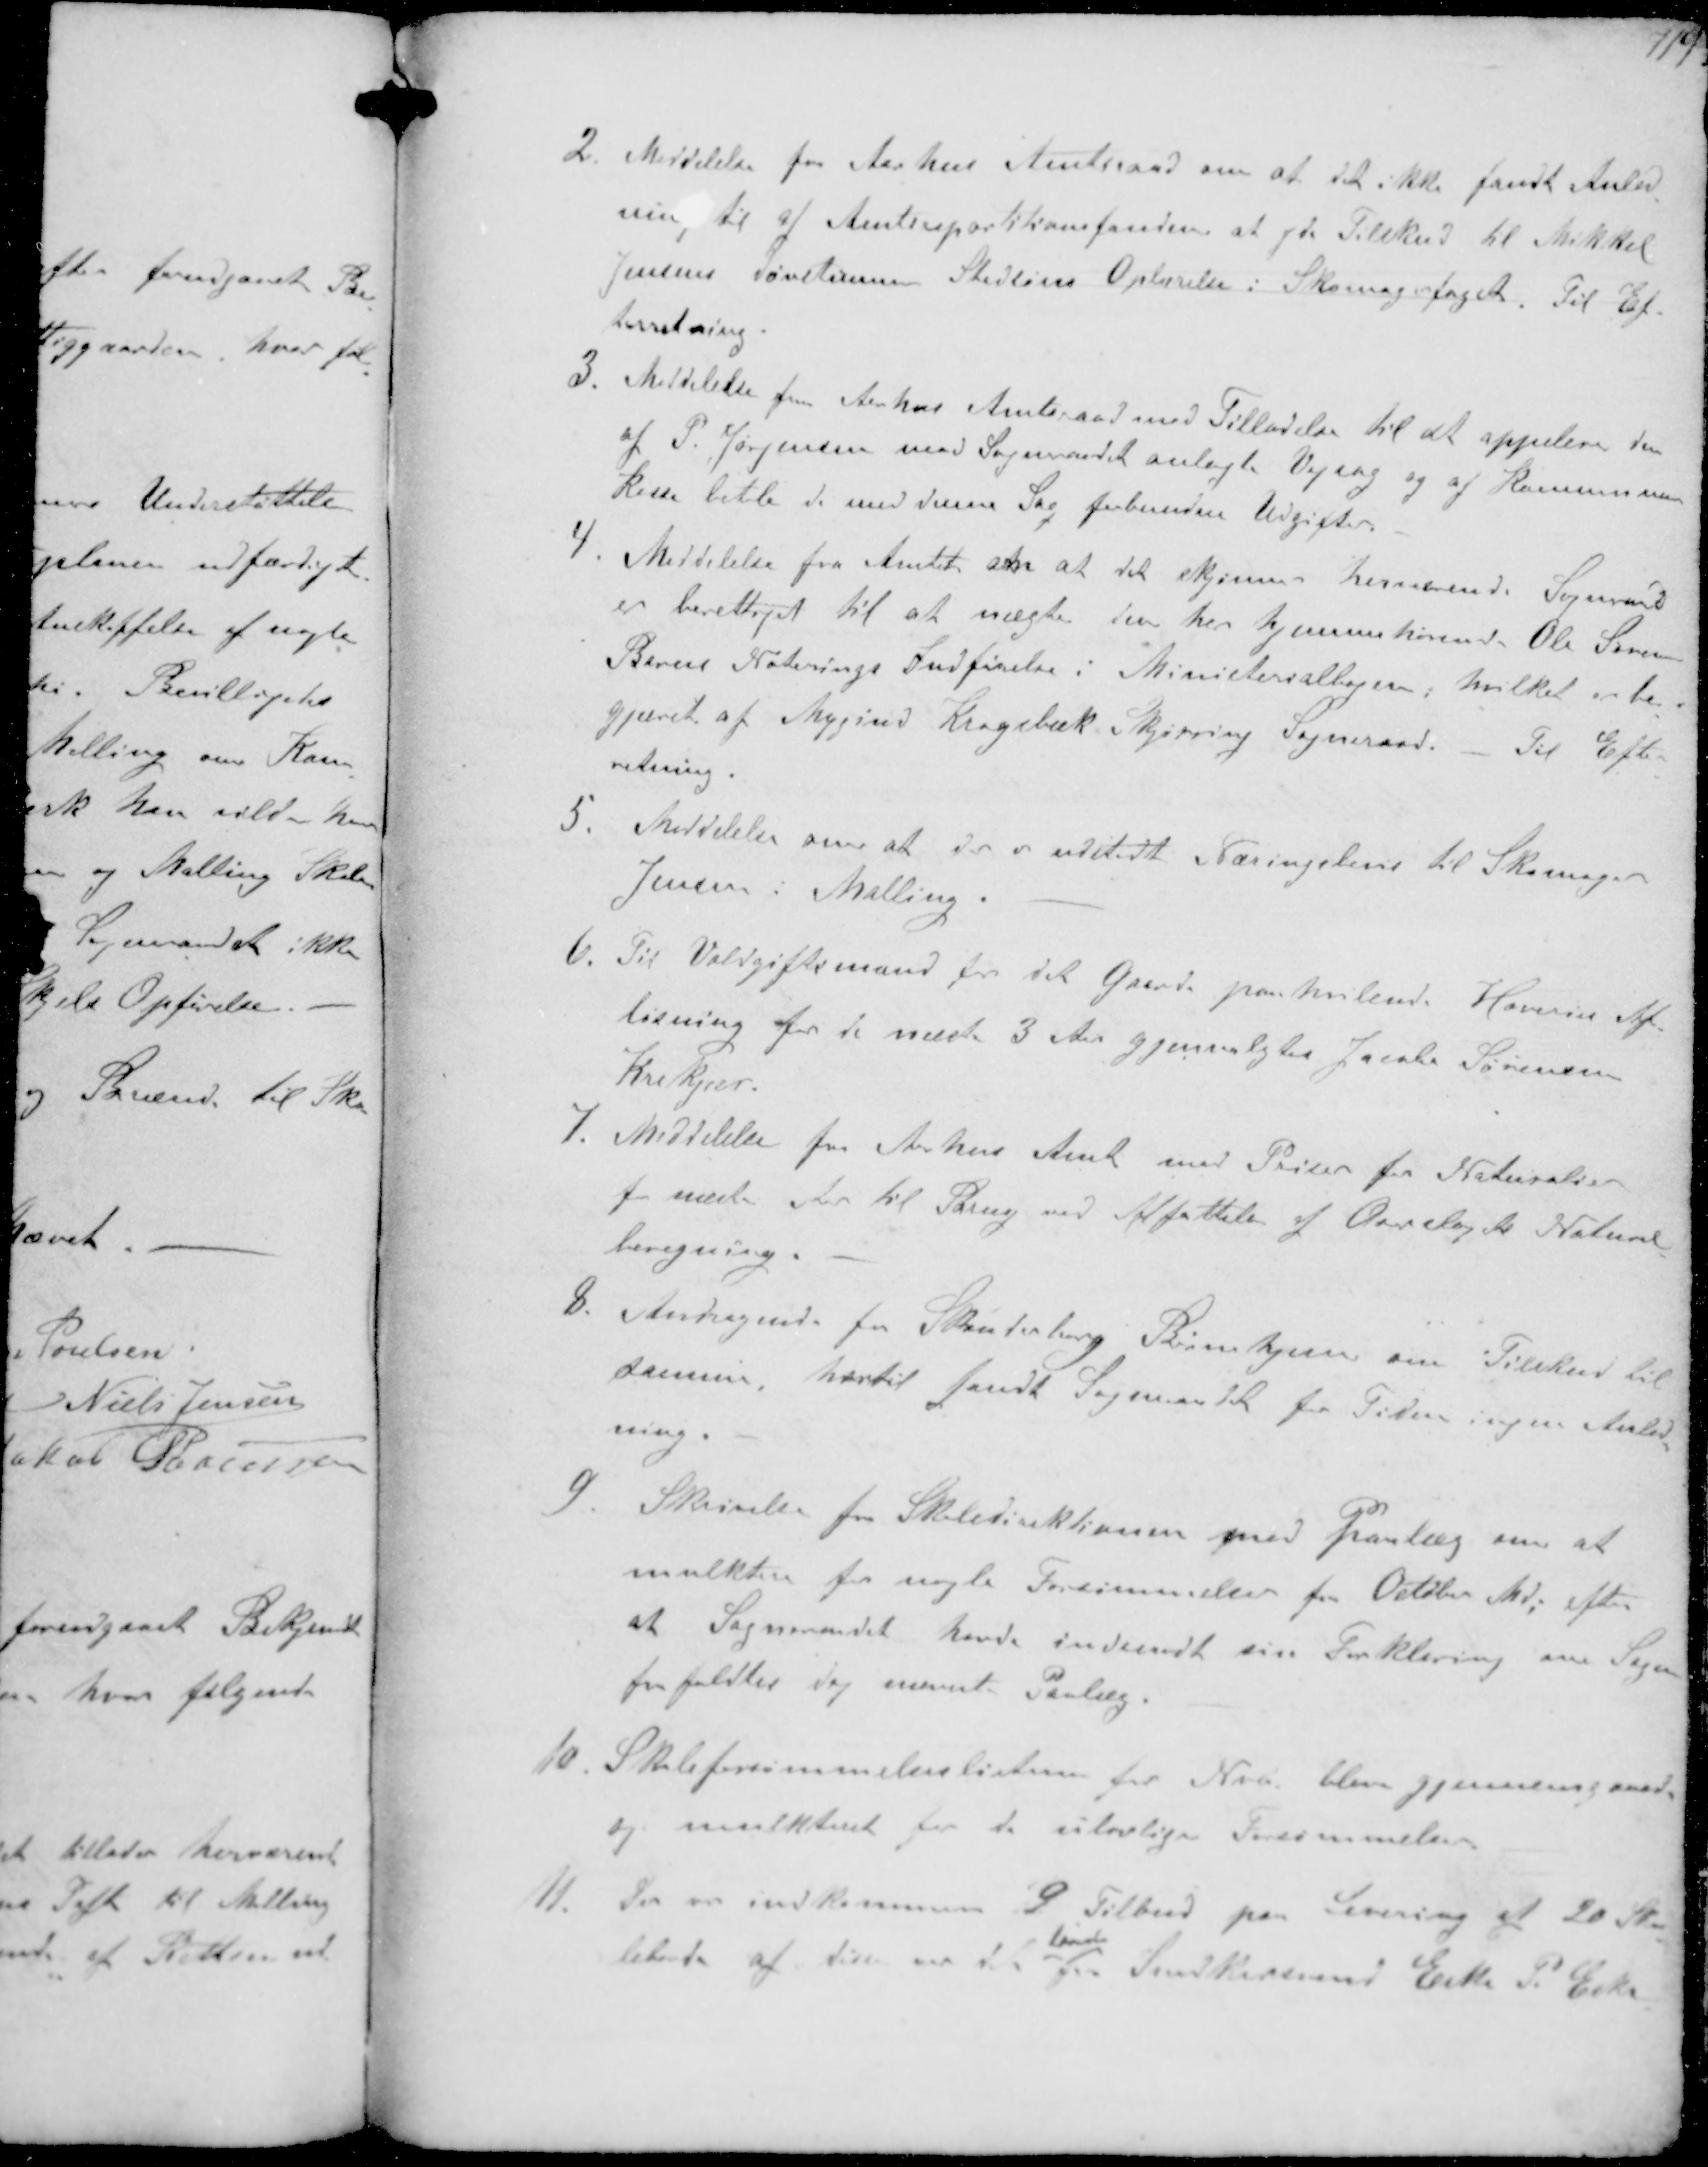
Transskription:
2. Meddelelse fra Aarhus Amtsraad om at de ikke fandt Anled-
ning til af Amtsrepartitionsfonden at yde Tilskud til Mikket
Jensens Døvstumme Stedsøns Oplærelse i Skomagertaget Til Ef-
terretning.
3. Meddelelse fra Aarhus Amtsraad med Tilladelse til at appelere den
af P. Jørgensen mod Sogneraadet anlagte Vejsag og af Kommune-
kasse betale de med dene Sag forbundne Udgifter
4. Meddelelse fra Amtet om at det skjønner herværende Sogneraad
er berettiget til at nægte den her hjemmehørende. Ole Sørensen
Barns Noterings Indførelse i Ministerialbogen, hvilket er be-
gjæret af Mygind Kragebæk Skjørring Sogneraad. Til Efter-
retning.
5. Meddelelse om at der er udstedt Næringsbevis til Skomager
Jensen i Malling.
6. Til Voldgiftsmand for det Gaarde paahvilende Hoveris Af-
løsning for de næste 3 Aar Gjenvalgtes Jacob Sørensen
Krekjær
7. Meddelelse fra Arhus Amt med Priser for Naturalier
for næste Aar til Brug ved Affattelse af Overslag ved Natural-
beregning.
8. Andragende fra Skanderborg Børnehjem om Tilskud til
samme, hertil fandt Sogneaadet for Tiden ingen Anled-
ning.
9 Skrivelse fr Skoledirektionen med paalæg om at
mulktere for nogle Forsømmelser for Octobr Md. efter
at Sogneraadet havde indsendt sin Forklaring om Sagen
frafaldtes dog nævnte Paalæg.
10 Skoleforsømmelseslisterne tor Nvb blev gjennemgaaede
og mulkteret for de ulovlige Foresømelser
11. Der er indkommen 9 Tilbud paa Levering af 20 Sko-
leborde af disse var
laveste
fra Snedkersvend Eske P. Eske-